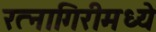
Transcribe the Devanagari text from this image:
रत्नागिरीमध्ये